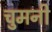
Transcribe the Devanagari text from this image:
चुमनी